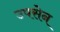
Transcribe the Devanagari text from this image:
उपसेन